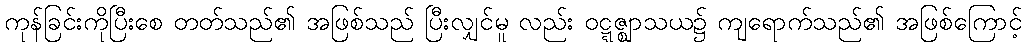
ကုန်ခြင်းကိုပြီးစေ တတ်သည်၏ အဖြစ်သည် ပြီးလျှင်မူ လည်း ဝဋ္ဋဇ္ဈာသယ၌ ကျရောက်သည်၏ အဖြစ်ကြောင့်